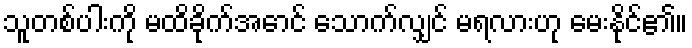
သူတစ်ပါးကို မထိခိုက်အောင် သောက်လျှင် မရလားဟု မေးနိုင်၏။